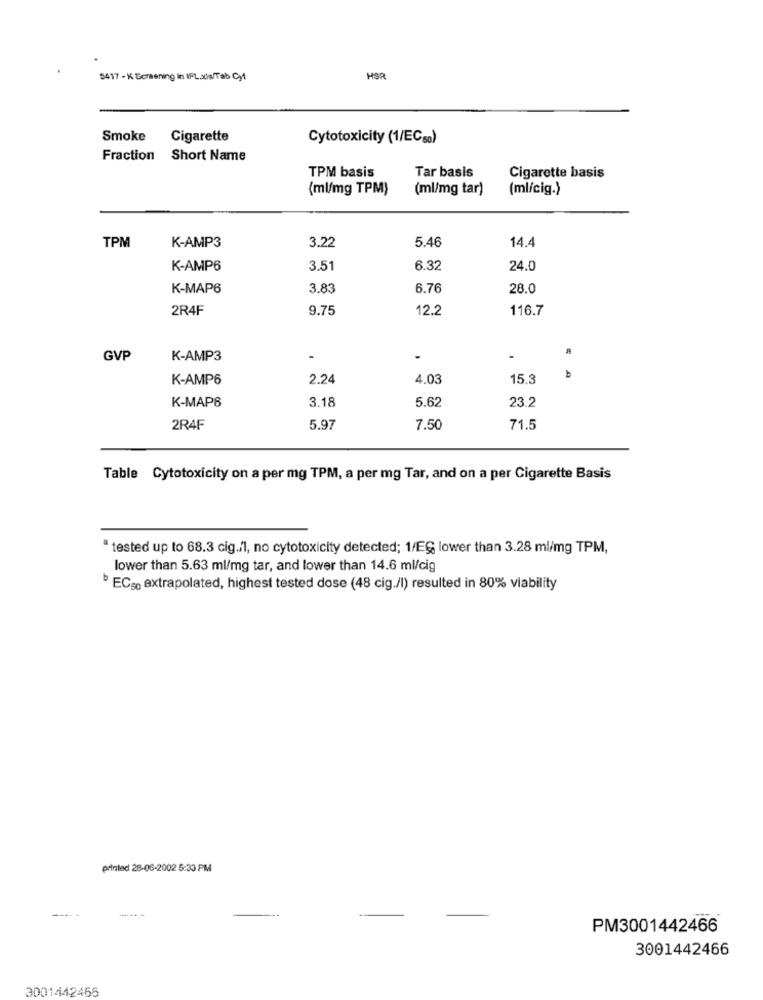
5417 - K Screening In IPL.xls/Tab Cy1
HSR
Smoke Cigarette
Cytotoxicity (1/EC50)
Fraction Short Name
TPM basis
Tar basis
Cigarette basis
(ml/mg TPM)
(ml/mg tar)
(ml/cig.)
K-AMP3
3.22
5.46
14.4
TPM
K-AMP6
3.51
6.32
24.0
K-MAP6
3.83
6.76
28.0
2R4F
9.75
12.2
116.7
GVP
K-AMP3
b
K-AMP6
2.24
4.03
15.3
K-MAP6
3.18
5.62
23.2
2R4F
5.97
7.50
71.5
Table Cytotoxicity on a per mg TPM, a per mg Tar, and on a per Cigarette Basis
"tested up to 68.3 cig./1, no cytotoxicity detected; 1/EG lower than 3.28 ml/mg TPM,
lower than 5.63 ml/mg tar, and lower than 14.6 ml/cig
ECso extrapolated, highest tested dose (48 cig./l) resulted in 80% viability
printed 28-06-2002 5:33 PM
PM3001442466
3001442466
3001442466